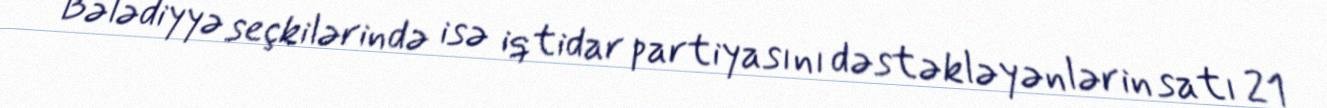
Bələdiyyə seçkilərində isə iqtidar partiyasını dəstəkləyənlərin satı 21